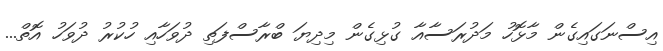
އިސްނަގައިގެން މާޅޮހު މަދުރަސާއާ ގުޅިގެން މިދިޔަ ބްރާސްފަތި ދުވަހާއި ހުކުރު ދުވަހު އޮތް...